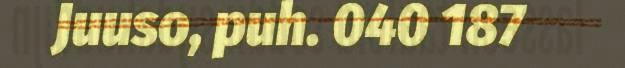
Juuso, puh. 040 187